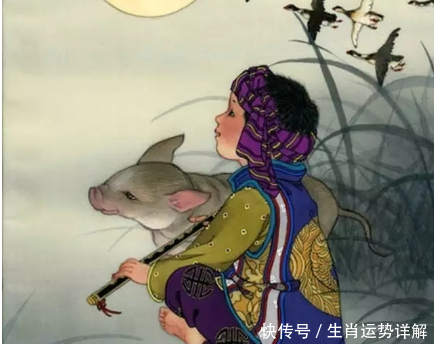
本富为上，末富次之，奸富最下。